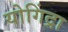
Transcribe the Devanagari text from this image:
योगिंद्रा